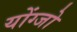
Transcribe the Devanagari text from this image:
योंग्जो